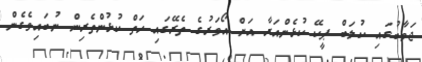
ޖަވާބުގައި ކުލަބް ޕީކޭ ކުޅެންއަރާ އަށް އޯވަރުގެ ތެރޭގައި ހަތް ކުޅުންތެރިން ނުބައިވެގެން